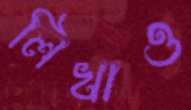
লিখাও